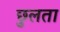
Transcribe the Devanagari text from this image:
छुलता